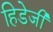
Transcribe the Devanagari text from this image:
हिडेजी